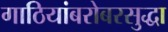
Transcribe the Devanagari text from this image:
गाठियांबरोबरसुद्धा